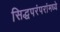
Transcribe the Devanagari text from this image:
सिद्धपरंपरांमध्ये